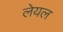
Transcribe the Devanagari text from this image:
लेयल